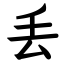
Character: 丢